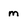
Character: m